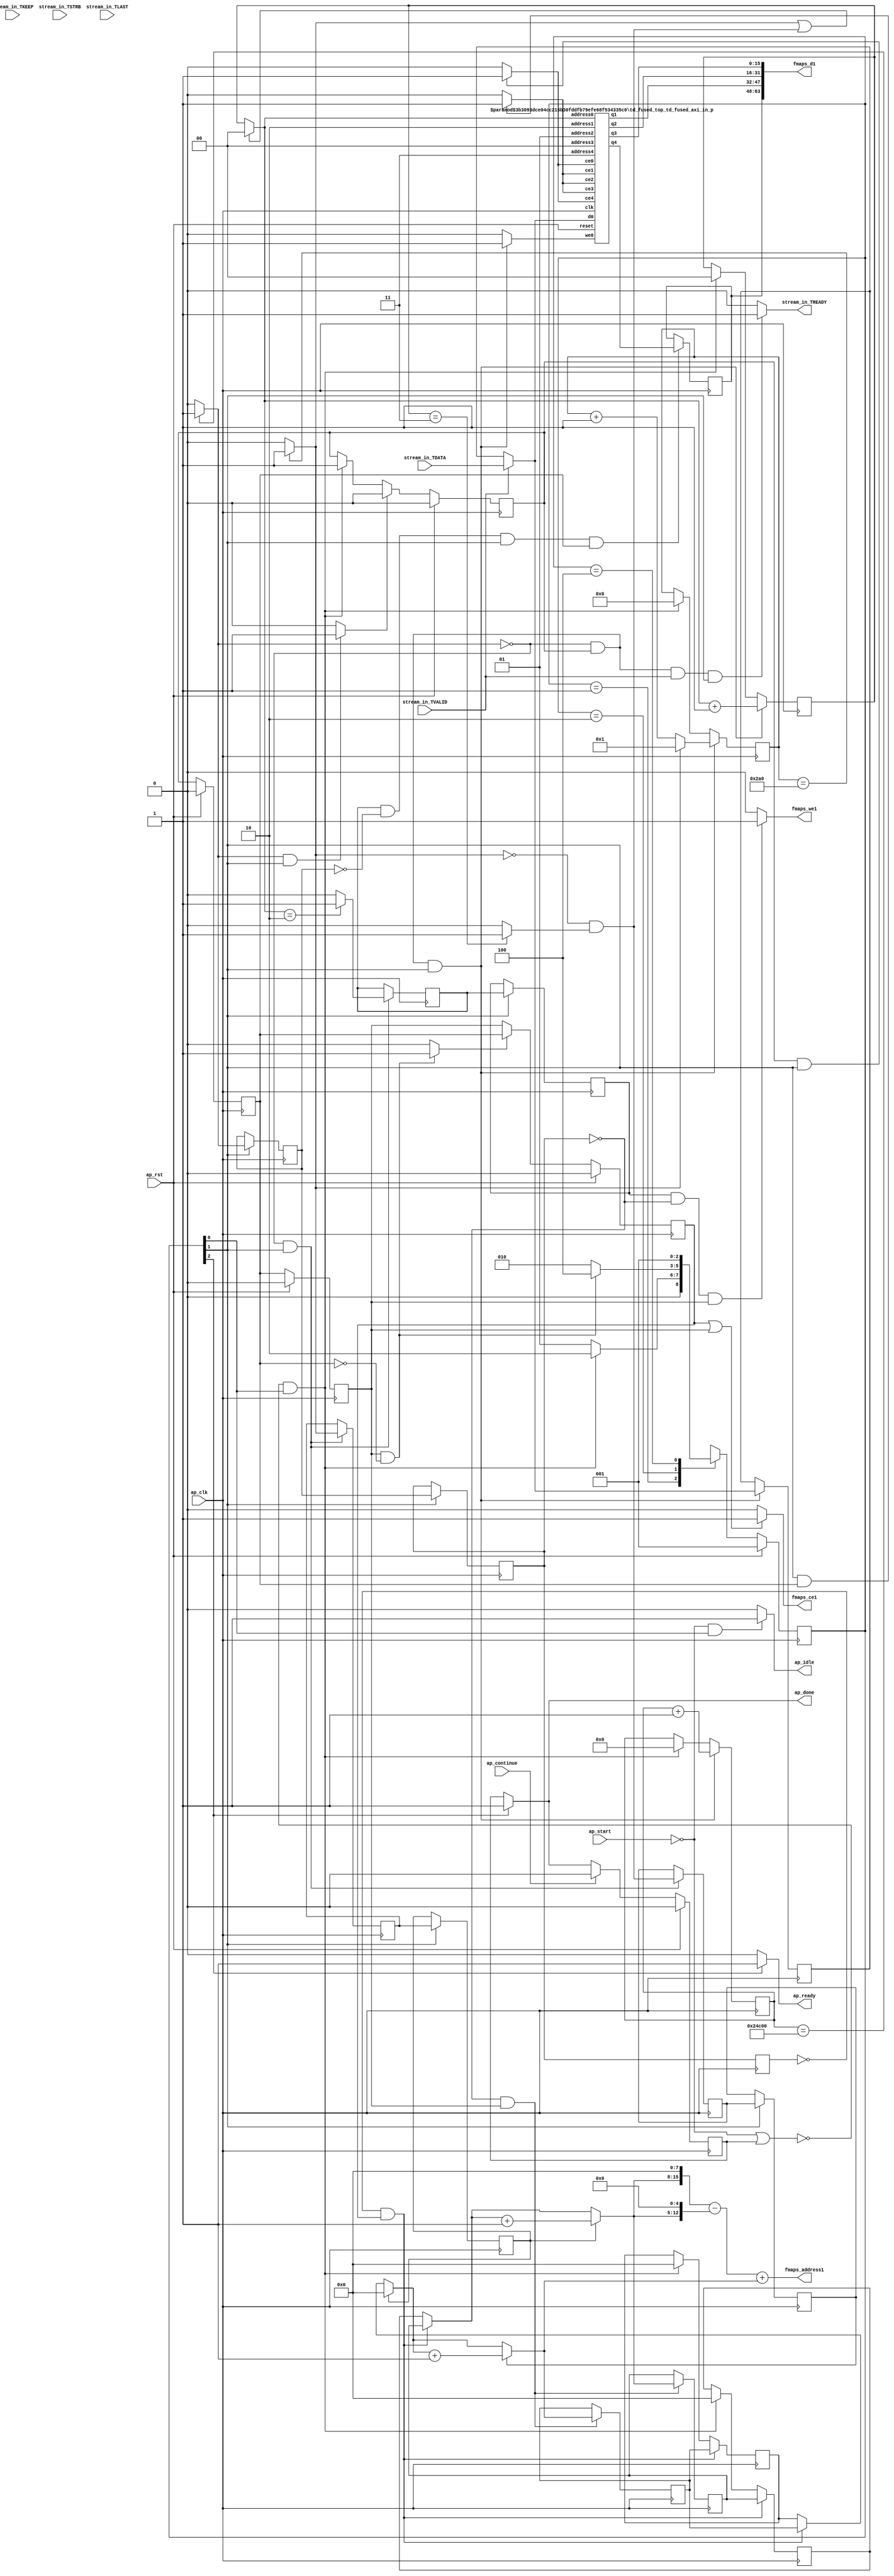
`define EXPONENT 5
`define MANTISSA 10
`define ACTUAL_MANTISSA 11
`define EXPONENT_LSB 10
`define EXPONENT_MSB 14
`define MANTISSA_LSB 0
`define MANTISSA_MSB 9
`define MANTISSA_MUL_SPLIT_LSB 3
`define MANTISSA_MUL_SPLIT_MSB 9
`define SIGN 1
`define SIGN_LOC 15
`define DWIDTH (`SIGN+`EXPONENT+`MANTISSA)
`define IEEE_COMPLIANCE 1

module td_fused_top_td_fused_axi_in (
        ap_clk,
        ap_rst,
        ap_start,
        ap_done,
        ap_continue,
        ap_idle,
        ap_ready,
        stream_in_TDATA,
        stream_in_TVALID,
        stream_in_TREADY,
        stream_in_TKEEP,
        stream_in_TSTRB,
        stream_in_TLAST,
        fmaps_address1,
        fmaps_ce1,
        fmaps_we1,
        fmaps_d1
);

parameter    ap_ST_fsm_state1 = 3'd1;
parameter    ap_ST_fsm_pp0_stage0 = 3'd2;
parameter    ap_ST_fsm_state6 = 3'd4;

input   ap_clk;
input   ap_rst;
input   ap_start;
output   ap_done;
input   ap_continue;
output   ap_idle;
output   ap_ready;
input  [15:0] stream_in_TDATA;
input   stream_in_TVALID;
output   stream_in_TREADY;
input  [1:0] stream_in_TKEEP;
input  [1:0] stream_in_TSTRB;
input  [0:0] stream_in_TLAST;
output  [15:0] fmaps_address1;
output   fmaps_ce1;
output   fmaps_we1;
output  [63:0] fmaps_d1;

reg ap_done;
reg ap_idle;
reg ap_ready;
reg stream_in_TREADY;
reg fmaps_ce1;
reg fmaps_we1;

reg    ap_done_reg;
  reg   [2:0] ap_CS_fsm;
wire    ap_CS_fsm_state1;
reg   [17:0] indvar_flatten16_reg_185;
reg   [9:0] indvar_flatten_reg_196;
reg   [1:0] ch_reg_207;
reg   [7:0] r_reg_218;
reg   [7:0] c_reg_229;
wire   [17:0] add_ln17_fu_240_p2;
wire    ap_CS_fsm_pp0_stage0;
reg    ap_enable_reg_pp0_iter0;
wire    ap_block_state2_pp0_stage0_iter0;
wire    ap_block_state3_pp0_stage0_iter1;
wire    ap_block_state4_pp0_stage0_iter2;
wire    ap_block_state5_pp0_stage0_iter3;
wire    ap_block_pp0_stage0_11001;
wire   [0:0] icmp_ln17_fu_246_p2;
reg   [0:0] icmp_ln17_reg_483;
reg   [0:0] icmp_ln17_reg_483_pp0_iter1_reg;
reg   [0:0] icmp_ln17_reg_483_pp0_iter2_reg;
wire   [0:0] icmp_ln18_fu_255_p2;
reg   [0:0] icmp_ln18_reg_487;
reg   [0:0] icmp_ln18_reg_487_pp0_iter1_reg;
wire   [0:0] and_ln22_fu_273_p2;
reg   [0:0] and_ln22_reg_493;
reg   [0:0] and_ln22_reg_493_pp0_iter1_reg;
wire   [0:0] icmp_ln25_fu_319_p2;
reg   [0:0] icmp_ln25_reg_498;
reg   [0:0] icmp_ln25_reg_498_pp0_iter1_reg;
wire   [1:0] add_ln20_fu_330_p2;
wire   [9:0] select_ln18_fu_342_p3;
wire   [15:0] p_q4;
reg   [15:0] p_load_3_reg_512;
reg    ap_enable_reg_pp0_iter1;
wire   [7:0] select_ln22_1_fu_363_p3;
reg   [7:0] select_ln22_1_reg_517;
reg    ap_enable_reg_pp0_iter2;
wire   [7:0] select_ln19_48_fu_402_p3;
reg   [7:0] select_ln19_48_reg_522;
reg    ap_block_state1;
wire    ap_block_pp0_stage0_subdone;
reg    ap_condition_pp0_flush_enable;
reg    ap_condition_pp0_exit_iter2_state4;
reg    ap_enable_reg_pp0_iter3;
wire   [1:0] p_address0;
reg    p_ce0;
reg    p_we0;
wire   [15:0] p_d0;
wire   [1:0] p_address1;
reg    p_ce1;
wire   [15:0] p_q1;
wire   [1:0] p_address2;
reg    p_ce2;
wire   [15:0] p_q2;
wire   [1:0] p_address3;
reg    p_ce3;
wire   [15:0] p_q3;
wire   [1:0] p_address4;
reg    p_ce4;
reg   [7:0] ap_phi_mux_r_phi_fu_222_p4;
wire    ap_block_pp0_stage0;
reg   [7:0] ap_phi_mux_c_phi_fu_233_p4;
wire   [63:0] zext_ln20_fu_293_p1;
wire   [63:0] zext_ln27_2_fu_419_p1;
reg   [15:0] tmp_data_1_fu_88;
wire   [15:0] tmp_data_fu_310_p3;
wire   [0:0] empty_154_nbread_fu_96_p5_0;
wire   [0:0] icmp_ln20_fu_267_p2;
wire   [0:0] xor_ln22_fu_261_p2;
wire   [0:0] or_ln19_fu_279_p2;
wire   [1:0] select_ln19_fu_285_p3;
wire   [15:0] tmp_data_2_fu_306_p1;
wire   [9:0] add_ln18_2_fu_336_p2;
wire   [7:0] r_2_fu_350_p2;
wire   [12:0] tmp_22_fu_378_p3;
wire   [15:0] tmp_fu_370_p3;
wire   [15:0] zext_ln27_fu_386_p1;
wire   [7:0] select_ln22_fu_356_p3;
wire   [7:0] c_2_fu_396_p2;
wire   [15:0] sub_ln27_fu_390_p2;
wire   [15:0] zext_ln27_1_fu_409_p1;
wire   [15:0] add_ln27_fu_413_p2;
wire   [15:0] bitcast_ln27_3_fu_436_p1;
wire   [15:0] bitcast_ln27_2_fu_432_p1;
wire   [15:0] bitcast_ln27_1_fu_428_p1;
wire   [15:0] bitcast_ln27_fu_424_p1;
wire    ap_CS_fsm_state6;
reg   [2:0] ap_NS_fsm;
reg    ap_idle_pp0;
wire    ap_enable_pp0;
wire    ap_ce_reg;

// power-on initialization
initial begin
#0 ap_done_reg = 1'b0;
#0 ap_CS_fsm = 3'd1;
#0 ap_enable_reg_pp0_iter0 = 1'b0;
#0 ap_enable_reg_pp0_iter1 = 1'b0;
#0 ap_enable_reg_pp0_iter2 = 1'b0;
#0 ap_enable_reg_pp0_iter3 = 1'b0;
end

td_fused_top_td_fused_axi_in_p #(
    .DataWidth( 16 ),
    .AddressRange( 4 ),
    .AddressWidth( 2 ))
p_U(
    .reset(ap_rst),
    .clk(ap_clk),
    .address0(p_address0),
    .ce0(p_ce0),
    .we0(p_we0),
    .d0(p_d0),
    .address1(p_address1),
    .ce1(p_ce1),
    .q1(p_q1),
    .address2(p_address2),
    .ce2(p_ce2),
    .q2(p_q2),
    .address3(p_address3),
    .ce3(p_ce3),
    .q3(p_q3),
    .address4(p_address4),
    .ce4(p_ce4),
    .q4(p_q4)
);

always @ (posedge ap_clk) begin
    if (ap_rst == 1'b1) begin
        ap_CS_fsm <= ap_ST_fsm_state1;
    end else begin
        ap_CS_fsm <= ap_NS_fsm;
    end
end

always @ (posedge ap_clk) begin
    if (ap_rst == 1'b1) begin
        ap_done_reg <= 1'b0;
    end else begin
        if ((ap_continue == 1'b1)) begin
            ap_done_reg <= 1'b0;
        end else if ((1'b1 == ap_CS_fsm_state6)) begin
            ap_done_reg <= 1'b1;
        end
    end
end

always @ (posedge ap_clk) begin
    if (ap_rst == 1'b1) begin
        ap_enable_reg_pp0_iter0 <= 1'b0;
    end else begin
        if ((1'b1 == ap_condition_pp0_flush_enable)) begin
            ap_enable_reg_pp0_iter0 <= 1'b0;
        end else if ((~((ap_start == 1'b0) | (ap_done_reg == 1'b1)) & (1'b1 == ap_CS_fsm_state1))) begin
            ap_enable_reg_pp0_iter0 <= 1'b1;
        end
    end
end

always @ (posedge ap_clk) begin
    if (ap_rst == 1'b1) begin
        ap_enable_reg_pp0_iter1 <= 1'b0;
    end else begin
        if ((1'b0 == ap_block_pp0_stage0_subdone)) begin
            ap_enable_reg_pp0_iter1 <= ap_enable_reg_pp0_iter0;
        end
    end
end

always @ (posedge ap_clk) begin
    if (ap_rst == 1'b1) begin
        ap_enable_reg_pp0_iter2 <= 1'b0;
    end else begin
        if ((1'b0 == ap_block_pp0_stage0_subdone)) begin
            ap_enable_reg_pp0_iter2 <= ap_enable_reg_pp0_iter1;
        end else if ((((1'b0 == ap_block_pp0_stage0_subdone) & (1'b1 == ap_condition_pp0_exit_iter2_state4) & (ap_enable_reg_pp0_iter1 == 1'b0)) | (~((ap_start == 1'b0) | (ap_done_reg == 1'b1)) & (1'b1 == ap_CS_fsm_state1)))) begin
            ap_enable_reg_pp0_iter2 <= 1'b0;
        end
    end
end

always @ (posedge ap_clk) begin
    if (ap_rst == 1'b1) begin
        ap_enable_reg_pp0_iter3 <= 1'b0;
    end else begin
        if (((1'b0 == ap_block_pp0_stage0_subdone) & (1'b1 == ap_condition_pp0_exit_iter2_state4))) begin
            ap_enable_reg_pp0_iter3 <= ap_enable_reg_pp0_iter1;
        end else if ((1'b0 == ap_block_pp0_stage0_subdone)) begin
            ap_enable_reg_pp0_iter3 <= ap_enable_reg_pp0_iter2;
        end else if ((~((ap_start == 1'b0) | (ap_done_reg == 1'b1)) & (1'b1 == ap_CS_fsm_state1))) begin
            ap_enable_reg_pp0_iter3 <= 1'b0;
        end
    end
end

always @ (posedge ap_clk) begin
    if (((icmp_ln17_reg_483_pp0_iter2_reg == 1'd0) & (1'b0 == ap_block_pp0_stage0_11001) & (ap_enable_reg_pp0_iter3 == 1'b1))) begin
        c_reg_229 <= select_ln19_48_reg_522;
    end else if ((~((ap_start == 1'b0) | (ap_done_reg == 1'b1)) & (1'b1 == ap_CS_fsm_state1))) begin
        c_reg_229 <= 8'd0;
    end
end

always @ (posedge ap_clk) begin
    if (((icmp_ln17_fu_246_p2 == 1'd0) & (1'b0 == ap_block_pp0_stage0_11001) & (ap_enable_reg_pp0_iter0 == 1'b1) & (1'b1 == ap_CS_fsm_pp0_stage0))) begin
        ch_reg_207 <= add_ln20_fu_330_p2;
    end else if ((~((ap_start == 1'b0) | (ap_done_reg == 1'b1)) & (1'b1 == ap_CS_fsm_state1))) begin
        ch_reg_207 <= 2'd0;
    end
end

always @ (posedge ap_clk) begin
    if (((icmp_ln17_fu_246_p2 == 1'd0) & (1'b0 == ap_block_pp0_stage0_11001) & (ap_enable_reg_pp0_iter0 == 1'b1) & (1'b1 == ap_CS_fsm_pp0_stage0))) begin
        indvar_flatten16_reg_185 <= add_ln17_fu_240_p2;
    end else if ((~((ap_start == 1'b0) | (ap_done_reg == 1'b1)) & (1'b1 == ap_CS_fsm_state1))) begin
        indvar_flatten16_reg_185 <= 18'd0;
    end
end

always @ (posedge ap_clk) begin
    if (((icmp_ln17_fu_246_p2 == 1'd0) & (1'b0 == ap_block_pp0_stage0_11001) & (ap_enable_reg_pp0_iter0 == 1'b1) & (1'b1 == ap_CS_fsm_pp0_stage0))) begin
        indvar_flatten_reg_196 <= select_ln18_fu_342_p3;
    end else if ((~((ap_start == 1'b0) | (ap_done_reg == 1'b1)) & (1'b1 == ap_CS_fsm_state1))) begin
        indvar_flatten_reg_196 <= 10'd0;
    end
end

always @ (posedge ap_clk) begin
    if (((icmp_ln17_reg_483_pp0_iter2_reg == 1'd0) & (1'b0 == ap_block_pp0_stage0_11001) & (ap_enable_reg_pp0_iter3 == 1'b1))) begin
        r_reg_218 <= select_ln22_1_reg_517;
    end else if ((~((ap_start == 1'b0) | (ap_done_reg == 1'b1)) & (1'b1 == ap_CS_fsm_state1))) begin
        r_reg_218 <= 8'd0;
    end
end

always @ (posedge ap_clk) begin
    if (((icmp_ln17_fu_246_p2 == 1'd0) & (1'b0 == ap_block_pp0_stage0_11001) & (1'b1 == ap_CS_fsm_pp0_stage0))) begin
        and_ln22_reg_493 <= and_ln22_fu_273_p2;
        icmp_ln18_reg_487 <= icmp_ln18_fu_255_p2;
        icmp_ln25_reg_498 <= icmp_ln25_fu_319_p2;
    end
end

always @ (posedge ap_clk) begin
    if (((1'b0 == ap_block_pp0_stage0_11001) & (1'b1 == ap_CS_fsm_pp0_stage0))) begin
        and_ln22_reg_493_pp0_iter1_reg <= and_ln22_reg_493;
        icmp_ln17_reg_483 <= icmp_ln17_fu_246_p2;
        icmp_ln17_reg_483_pp0_iter1_reg <= icmp_ln17_reg_483;
        icmp_ln18_reg_487_pp0_iter1_reg <= icmp_ln18_reg_487;
        icmp_ln25_reg_498_pp0_iter1_reg <= icmp_ln25_reg_498;
    end
end

always @ (posedge ap_clk) begin
    if ((1'b0 == ap_block_pp0_stage0_11001)) begin
        icmp_ln17_reg_483_pp0_iter2_reg <= icmp_ln17_reg_483_pp0_iter1_reg;
    end
end

always @ (posedge ap_clk) begin
    if (((icmp_ln25_reg_498 == 1'd1) & (icmp_ln17_reg_483 == 1'd0) & (1'b0 == ap_block_pp0_stage0_11001) & (1'b1 == ap_CS_fsm_pp0_stage0) & (ap_enable_reg_pp0_iter1 == 1'b1))) begin
        p_load_3_reg_512 <= p_q4;
    end
end

always @ (posedge ap_clk) begin
    if (((icmp_ln17_reg_483_pp0_iter1_reg == 1'd0) & (1'b0 == ap_block_pp0_stage0_11001) & (ap_enable_reg_pp0_iter2 == 1'b1))) begin
        select_ln19_48_reg_522 <= select_ln19_48_fu_402_p3;
        select_ln22_1_reg_517 <= select_ln22_1_fu_363_p3;
    end
end

always @ (posedge ap_clk) begin
    if (((icmp_ln17_fu_246_p2 == 1'd0) & (1'b0 == ap_block_pp0_stage0_11001) & (ap_enable_reg_pp0_iter0 == 1'b1) & (1'b1 == ap_CS_fsm_pp0_stage0))) begin
        tmp_data_1_fu_88 <= tmp_data_fu_310_p3;
    end
end

always @ (*) begin
    if (((ap_enable_reg_pp0_iter2 == 1'b1) & (ap_enable_reg_pp0_iter1 == 1'b0))) begin
        ap_condition_pp0_exit_iter2_state4 = 1'b1;
    end else begin
        ap_condition_pp0_exit_iter2_state4 = 1'b0;
    end
end

always @ (*) begin
    if (((icmp_ln17_fu_246_p2 == 1'd1) & (1'b0 == ap_block_pp0_stage0_subdone) & (1'b1 == ap_CS_fsm_pp0_stage0))) begin
        ap_condition_pp0_flush_enable = 1'b1;
    end else begin
        ap_condition_pp0_flush_enable = 1'b0;
    end
end

always @ (*) begin
    if ((1'b1 == ap_CS_fsm_state6)) begin
        ap_done = 1'b1;
    end else begin
        ap_done = ap_done_reg;
    end
end

always @ (*) begin
    if (((ap_start == 1'b0) & (1'b1 == ap_CS_fsm_state1))) begin
        ap_idle = 1'b1;
    end else begin
        ap_idle = 1'b0;
    end
end

always @ (*) begin
    if (((ap_enable_reg_pp0_iter0 == 1'b0) & (ap_enable_reg_pp0_iter3 == 1'b0) & (ap_enable_reg_pp0_iter2 == 1'b0) & (ap_enable_reg_pp0_iter1 == 1'b0))) begin
        ap_idle_pp0 = 1'b1;
    end else begin
        ap_idle_pp0 = 1'b0;
    end
end

always @ (*) begin
    if (((icmp_ln17_reg_483_pp0_iter2_reg == 1'd0) & (1'b0 == ap_block_pp0_stage0) & (ap_enable_reg_pp0_iter3 == 1'b1))) begin
        ap_phi_mux_c_phi_fu_233_p4 = select_ln19_48_reg_522;
    end else begin
        ap_phi_mux_c_phi_fu_233_p4 = c_reg_229;
    end
end

always @ (*) begin
    if (((icmp_ln17_reg_483_pp0_iter2_reg == 1'd0) & (1'b0 == ap_block_pp0_stage0) & (ap_enable_reg_pp0_iter3 == 1'b1))) begin
        ap_phi_mux_r_phi_fu_222_p4 = select_ln22_1_reg_517;
    end else begin
        ap_phi_mux_r_phi_fu_222_p4 = r_reg_218;
    end
end

always @ (*) begin
    if ((1'b1 == ap_CS_fsm_state6)) begin
        ap_ready = 1'b1;
    end else begin
        ap_ready = 1'b0;
    end
end

always @ (*) begin
    if ((((1'b0 == ap_block_pp0_stage0_11001) & (ap_enable_reg_pp0_iter3 == 1'b1)) | ((1'b0 == ap_block_pp0_stage0_11001) & (ap_enable_reg_pp0_iter2 == 1'b1)))) begin
        fmaps_ce1 = 1'b1;
    end else begin
        fmaps_ce1 = 1'b0;
    end
end

always @ (*) begin
    if (((icmp_ln25_reg_498_pp0_iter1_reg == 1'd1) & (icmp_ln17_reg_483_pp0_iter1_reg == 1'd0) & (1'b0 == ap_block_pp0_stage0_11001) & (ap_enable_reg_pp0_iter2 == 1'b1))) begin
        fmaps_we1 = 1'b1;
    end else begin
        fmaps_we1 = 1'b0;
    end
end

always @ (*) begin
    if (((1'b0 == ap_block_pp0_stage0_11001) & (ap_enable_reg_pp0_iter0 == 1'b1) & (1'b1 == ap_CS_fsm_pp0_stage0))) begin
        p_ce0 = 1'b1;
    end else begin
        p_ce0 = 1'b0;
    end
end

always @ (*) begin
    if (((1'b0 == ap_block_pp0_stage0_11001) & (1'b1 == ap_CS_fsm_pp0_stage0) & (ap_enable_reg_pp0_iter1 == 1'b1))) begin
        p_ce1 = 1'b1;
    end else begin
        p_ce1 = 1'b0;
    end
end

always @ (*) begin
    if (((1'b0 == ap_block_pp0_stage0_11001) & (1'b1 == ap_CS_fsm_pp0_stage0) & (ap_enable_reg_pp0_iter1 == 1'b1))) begin
        p_ce2 = 1'b1;
    end else begin
        p_ce2 = 1'b0;
    end
end

always @ (*) begin
    if (((1'b0 == ap_block_pp0_stage0_11001) & (1'b1 == ap_CS_fsm_pp0_stage0) & (ap_enable_reg_pp0_iter1 == 1'b1))) begin
        p_ce3 = 1'b1;
    end else begin
        p_ce3 = 1'b0;
    end
end

always @ (*) begin
    if (((1'b0 == ap_block_pp0_stage0_11001) & (ap_enable_reg_pp0_iter0 == 1'b1) & (1'b1 == ap_CS_fsm_pp0_stage0))) begin
        p_ce4 = 1'b1;
    end else begin
        p_ce4 = 1'b0;
    end
end

always @ (*) begin
    if (((icmp_ln17_fu_246_p2 == 1'd0) & (1'b0 == ap_block_pp0_stage0_11001) & (ap_enable_reg_pp0_iter0 == 1'b1) & (1'b1 == ap_CS_fsm_pp0_stage0))) begin
        p_we0 = 1'b1;
    end else begin
        p_we0 = 1'b0;
    end
end

always @ (*) begin
    if (((icmp_ln17_fu_246_p2 == 1'd0) & (1'b0 == ap_block_pp0_stage0_11001) & (ap_enable_reg_pp0_iter0 == 1'b1) & (stream_in_TVALID == 1'b1) & (1'b1 == ap_CS_fsm_pp0_stage0))) begin
        stream_in_TREADY = 1'b1;
    end else begin
        stream_in_TREADY = 1'b0;
    end
end

always @ (*) begin
    case (ap_CS_fsm)
        ap_ST_fsm_state1 : begin
            if ((~((ap_start == 1'b0) | (ap_done_reg == 1'b1)) & (1'b1 == ap_CS_fsm_state1))) begin
                ap_NS_fsm = ap_ST_fsm_pp0_stage0;
            end else begin
                ap_NS_fsm = ap_ST_fsm_state1;
            end
        end
        ap_ST_fsm_pp0_stage0 : begin
            if (~((1'b0 == ap_block_pp0_stage0_subdone) & (ap_enable_reg_pp0_iter2 == 1'b1) & (ap_enable_reg_pp0_iter1 == 1'b0))) begin
                ap_NS_fsm = ap_ST_fsm_pp0_stage0;
            end else if (((1'b0 == ap_block_pp0_stage0_subdone) & (ap_enable_reg_pp0_iter2 == 1'b1) & (ap_enable_reg_pp0_iter1 == 1'b0))) begin
                ap_NS_fsm = ap_ST_fsm_state6;
            end else begin
                ap_NS_fsm = ap_ST_fsm_pp0_stage0;
            end
        end
        ap_ST_fsm_state6 : begin
            ap_NS_fsm = ap_ST_fsm_state1;
        end
        default : begin
            ap_NS_fsm = 'bx;
        end
    endcase
end

assign add_ln17_fu_240_p2 = (indvar_flatten16_reg_185 + 18'd1);

assign add_ln18_2_fu_336_p2 = (indvar_flatten_reg_196 + 10'd1);

assign add_ln20_fu_330_p2 = (select_ln19_fu_285_p3 + 2'd1);

assign add_ln27_fu_413_p2 = (sub_ln27_fu_390_p2 + zext_ln27_1_fu_409_p1);

assign and_ln22_fu_273_p2 = (xor_ln22_fu_261_p2 & icmp_ln20_fu_267_p2);

assign ap_CS_fsm_pp0_stage0 = ap_CS_fsm[32'd1];

assign ap_CS_fsm_state1 = ap_CS_fsm[32'd0];

assign ap_CS_fsm_state6 = ap_CS_fsm[32'd2];

assign ap_block_pp0_stage0 = ~(1'b1 == 1'b1);

assign ap_block_pp0_stage0_11001 = ~(1'b1 == 1'b1);

assign ap_block_pp0_stage0_subdone = ~(1'b1 == 1'b1);

always @ (*) begin
    ap_block_state1 = ((ap_start == 1'b0) | (ap_done_reg == 1'b1));
end

assign ap_block_state2_pp0_stage0_iter0 = ~(1'b1 == 1'b1);

assign ap_block_state3_pp0_stage0_iter1 = ~(1'b1 == 1'b1);

assign ap_block_state4_pp0_stage0_iter2 = ~(1'b1 == 1'b1);

assign ap_block_state5_pp0_stage0_iter3 = ~(1'b1 == 1'b1);

assign ap_enable_pp0 = (ap_idle_pp0 ^ 1'b1);

assign bitcast_ln27_1_fu_428_p1 = p_q2;

assign bitcast_ln27_2_fu_432_p1 = p_q1;

assign bitcast_ln27_3_fu_436_p1 = p_load_3_reg_512;

assign bitcast_ln27_fu_424_p1 = p_q3;

assign c_2_fu_396_p2 = (select_ln22_fu_356_p3 + 8'd1);

assign empty_154_nbread_fu_96_p5_0 = stream_in_TVALID;

assign fmaps_address1 = zext_ln27_2_fu_419_p1;

assign fmaps_d1 = {{{{bitcast_ln27_3_fu_436_p1}, {bitcast_ln27_2_fu_432_p1}}, {bitcast_ln27_1_fu_428_p1}}, {bitcast_ln27_fu_424_p1}};

assign icmp_ln17_fu_246_p2 = ((indvar_flatten16_reg_185 == 18'd150528) ? 1'b1 : 1'b0);

assign icmp_ln18_fu_255_p2 = ((indvar_flatten_reg_196 == 10'd672) ? 1'b1 : 1'b0);

assign icmp_ln20_fu_267_p2 = ((ch_reg_207 == 2'd3) ? 1'b1 : 1'b0);

assign icmp_ln25_fu_319_p2 = ((select_ln19_fu_285_p3 == 2'd2) ? 1'b1 : 1'b0);

assign or_ln19_fu_279_p2 = (icmp_ln18_fu_255_p2 | and_ln22_fu_273_p2);

assign p_address0 = zext_ln20_fu_293_p1;

assign p_address1 = 64'd2;

assign p_address2 = 64'd1;

assign p_address3 = 64'd0;

assign p_address4 = 64'd3;

assign p_d0 = ((empty_154_nbread_fu_96_p5_0[0:0] == 1'b1) ? tmp_data_2_fu_306_p1 : tmp_data_1_fu_88);

assign r_2_fu_350_p2 = (ap_phi_mux_r_phi_fu_222_p4 + 8'd1);

assign select_ln18_fu_342_p3 = ((icmp_ln18_fu_255_p2[0:0] == 1'b1) ? 10'd1 : add_ln18_2_fu_336_p2);

assign select_ln19_48_fu_402_p3 = ((and_ln22_reg_493_pp0_iter1_reg[0:0] == 1'b1) ? c_2_fu_396_p2 : select_ln22_fu_356_p3);

assign select_ln19_fu_285_p3 = ((or_ln19_fu_279_p2[0:0] == 1'b1) ? 2'd0 : ch_reg_207);

assign select_ln22_1_fu_363_p3 = ((icmp_ln18_reg_487_pp0_iter1_reg[0:0] == 1'b1) ? r_2_fu_350_p2 : ap_phi_mux_r_phi_fu_222_p4);

assign select_ln22_fu_356_p3 = ((icmp_ln18_reg_487_pp0_iter1_reg[0:0] == 1'b1) ? 8'd0 : ap_phi_mux_c_phi_fu_233_p4);

assign sub_ln27_fu_390_p2 = (tmp_fu_370_p3 - zext_ln27_fu_386_p1);

assign tmp_22_fu_378_p3 = {{select_ln22_1_fu_363_p3}, {5'd0}};

assign tmp_data_2_fu_306_p1 = stream_in_TDATA;

assign tmp_data_fu_310_p3 = ((empty_154_nbread_fu_96_p5_0[0:0] == 1'b1) ? tmp_data_2_fu_306_p1 : tmp_data_1_fu_88);

assign tmp_fu_370_p3 = {{select_ln22_1_fu_363_p3}, {8'd0}};

assign xor_ln22_fu_261_p2 = (icmp_ln18_fu_255_p2 ^ 1'd1);

assign zext_ln20_fu_293_p1 = select_ln19_fu_285_p3;

assign zext_ln27_1_fu_409_p1 = select_ln19_48_fu_402_p3;

assign zext_ln27_2_fu_419_p1 = add_ln27_fu_413_p2;

assign zext_ln27_fu_386_p1 = tmp_22_fu_378_p3;

endmodule //td_fused_top_td_fused_axi_in
module td_fused_top_td_fused_axi_in_p(
    reset,
    clk,
    address0,
    ce0,
    we0,
    d0,
    address1,
    ce1,
    q1,
    address2,
    ce2,
    q2,
    address3,
    ce3,
    q3,
    address4,
    ce4,
    q4);

parameter DataWidth = 32'd16;
parameter AddressRange = 32'd4;
parameter AddressWidth = 32'd2;
input reset;
input clk;
input[AddressWidth - 1:0] address0;
input ce0;
input we0;
input[DataWidth - 1:0] d0;
input[AddressWidth - 1:0] address1;
input ce1;
output[DataWidth - 1:0] q1;
input[AddressWidth - 1:0] address2;
input ce2;
output[DataWidth - 1:0] q2;
input[AddressWidth - 1:0] address3;
input ce3;
output[DataWidth - 1:0] q3;
input[AddressWidth - 1:0] address4;
input ce4;
output[DataWidth - 1:0] q4;



td_fused_top_td_fused_axi_in_p_ram td_fused_top_td_fused_axi_in_p_ram_U(
    .clk( clk ),
    .addr0( address0 ),
    .ce0( ce0 ),
    .we0( we0 ),
    .d0( d0 ),
    .addr1( address1 ),
    .ce1( ce1 ),
    .q1( q1 ),
    .addr2( address2 ),
    .ce2( ce2 ),
    .q2( q2 ),
    .addr3( address3 ),
    .ce3( ce3 ),
    .q3( q3 ),
    .addr4( address4 ),
    .ce4( ce4 ),
    .q4( q4 )
);

endmodule
module td_fused_top_td_fused_axi_in_p_ram (addr0, ce0, d0, we0, addr1, ce1, q1, addr2, ce2, q2, addr3, ce3, q3, addr4, ce4, q4,  clk);

parameter DWIDTH = 16;
parameter AWIDTH = 2;
parameter MEM_SIZE = 4;

input[AWIDTH-1:0] addr0;
input ce0;
input[DWIDTH-1:0] d0;
input we0;
input[AWIDTH-1:0] addr1;
input ce1;
output reg[DWIDTH-1:0] q1;
input[AWIDTH-1:0] addr2;
input ce2;
output reg[DWIDTH-1:0] q2;
input[AWIDTH-1:0] addr3;
input ce3;
output reg[DWIDTH-1:0] q3;
input[AWIDTH-1:0] addr4;
input ce4;
output reg[DWIDTH-1:0] q4;
input clk;

reg [DWIDTH-1:0] ram0[MEM_SIZE-1:0];
reg [DWIDTH-1:0] ram1[MEM_SIZE-1:0];
reg [DWIDTH-1:0] ram2[MEM_SIZE-1:0];
reg [DWIDTH-1:0] ram3[MEM_SIZE-1:0];



always @(posedge clk)  
begin 
    if (ce0) begin
        if (we0) 
            ram0[addr0] <= d0; 
    end
end


always @(posedge clk)  
begin 
    if (ce1) begin
        q1 <= ram0[addr1];
    end
end


always @(posedge clk)  
begin 
    if (ce0) begin
        if (we0) 
            ram1[addr0] <= d0; 
    end
end

always @(posedge clk)  
begin 
    if (ce2) begin
        q2 <= ram1[addr2];
    end
end


always @(posedge clk)  
begin 
    if (ce0) begin
        if (we0) 
            ram2[addr0] <= d0; 
    end
end

always @(posedge clk)  
begin 
    if (ce3) begin
        q3 <= ram2[addr3];
    end
end


always @(posedge clk)  
begin 
    if (ce0) begin
        if (we0) 
            ram3[addr0] <= d0; 
    end
end

always @(posedge clk)  
begin 
    if (ce4) begin
        q4 <= ram3[addr4];
    end
end


endmodule